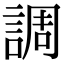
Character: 調